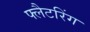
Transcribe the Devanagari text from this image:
फ्लैटरिंग